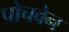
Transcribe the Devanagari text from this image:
पोचवेन